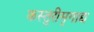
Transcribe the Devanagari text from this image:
कस्तुरीमृगाद्य